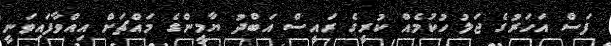
ފަސް އަހަރުގެ ޖަލު ހުކުމެއް ކުރީގެ ރައީސް އަބްދު ޔާމީންގެ މައްޗަށް އިއްވާފައިވަނީ